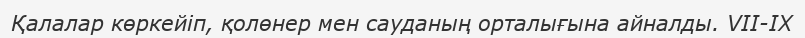
Қалалар көркейіп, қолөнер мен сауданың орталығына айналды. VII-IX